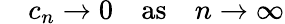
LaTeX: \quad c_{n}\rightarrow 0\quad{\mathrm{as}}\quad n\to\infty